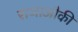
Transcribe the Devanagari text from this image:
राजाऔकी